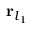
{ \bf r } _ { l _ { 1 } }